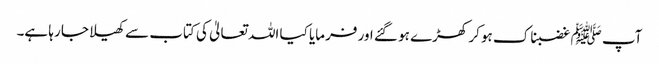
آپ ﷺ غضبناک ہو کر کھڑے ہو گئے اور فرمایا کیا اللہ تعالیٰ کی کتاب سے کھیلا جا رہا ہے۔